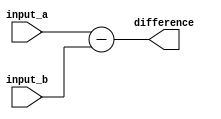
module Behavioral_Subtractor(
    input [7:0] input_a, // first binary input
    input [7:0] input_b, // second binary input
    output reg [7:0] difference // output of subtraction operation
);

// Combinational logic for subtraction
always @* begin
    difference = input_a - input_b; // subtracting second input from first input
end

endmodule